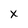
Character: x